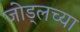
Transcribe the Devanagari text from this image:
जोड्लच्या